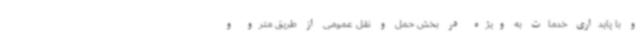
و با پایداری خدمات به ویژه در بخش حمل و نقل عمومی از طریق مترو و